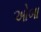
ઓબા